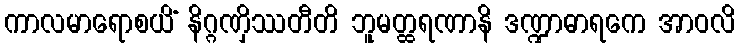
ကာလမာရောစယိံ နိဂ္ဂဏှိဿတီတိ ဘူမတ္ထရဏာနိ ဒဏ္ဍာဓာရကေ အာဝလိ